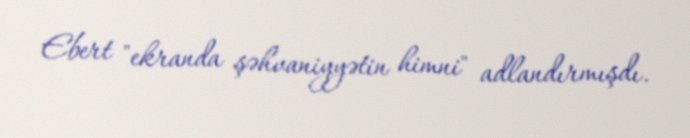
Ebert "ekranda şəhvaniyyətin himni" adlandırmışdı.